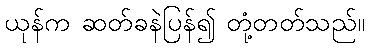
ယုန်က ဆတ်ခနဲပြန်၍ တုံ့တတ်သည်။